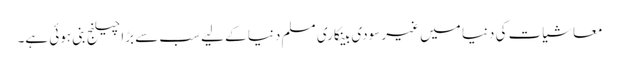
معاشیات کی دنیا میں غیر سودی بینکاری مسلم دنیا کے لیے سب سے بڑا چیلنج بنی ہوئی ہے۔